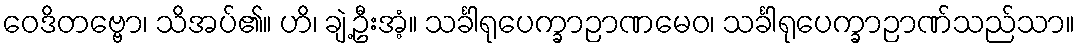
ဝေဒိတဗ္ဗော၊ သိအပ်၏။ ဟိ၊ ချဲ့ဦးအံ့။ သင်္ခါရုပေက္ခာဉာဏမေဝ၊ သင်္ခါရုပေက္ခာဉာဏ်သည်သာ။